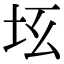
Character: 𡉬